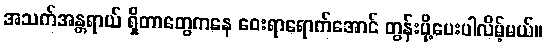
အသက်အန္တရာယ် ရှိတာတွေကနေ ဝေးရာရောက်အောင် တွန်းပို့ပေးပါလိမ့်မယ်။